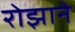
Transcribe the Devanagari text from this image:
रोझाने